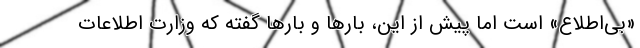
«بی‌اطلاع» است اما پیش از این، بارها و بارها گفته که وزارت اطلاعات